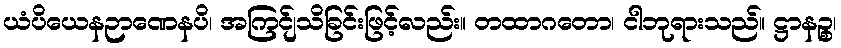
ယံပိယေနဉာဏေနပိ၊ အကြင်ျသိခြင်းဖြင့်လည်း။ တထာဂတော၊ ငါဘုရားသည်။ ဋ္ဌာနဉ္စ၊